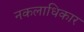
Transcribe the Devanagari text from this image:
नकलाधिकार